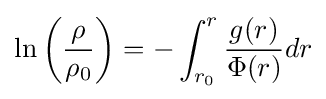
\ln \left({\frac {\rho }{\rho _{0}}}\right)=-\int _{r_{0}}^{r}{\frac {g(r)}{\Phi (r)}}dr